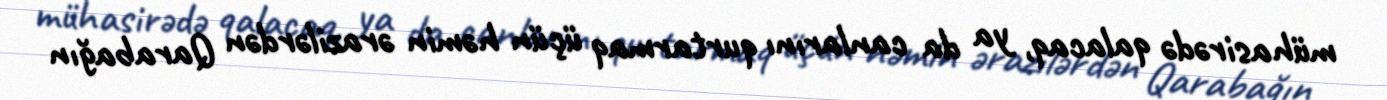
mühasirədə qalacaq, ya da canlarını qurtarmaq üçün həmin ərazilərdən Qarabağın